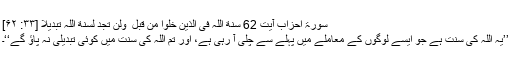
سورۃ احزاب آیت 62 سُنَّةَ اللَّہِ فِی الَّذِینَ خَلَوْا مِن قَبْلُ ۖ وَلَن تَجِدَ لِسُنَّةِ اللَّہِ تَبْدِیلًا [۳۳: ۶۲]
’’یہ اللہ کی سنت ہے جو ایسے لوگوں کے معاملے میں پہلے سے چلی آ رہی ہے، اور تم اللہ کی سنت میں کوئی تبدیلی نہ پاؤ گے‘‘۔